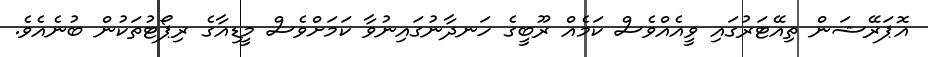
އޮޕަރޭޝަން ތިއޭޓަރުގައި ވީއެއްވެސް ކަމެއް ރޫބީގެ ހަނދާނުގައިނުވާ ކަމަށްވެސް މީޑިއާގެ ރިޕޯޓުތަކުން ބުނެއެެވެ.